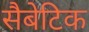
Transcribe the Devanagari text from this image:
सैबेटिक